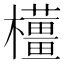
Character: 𱤳